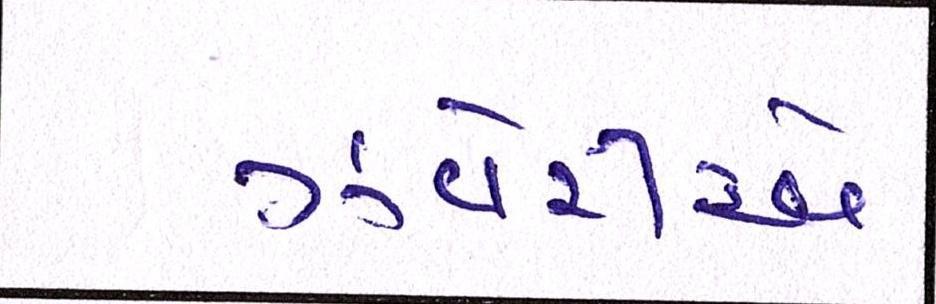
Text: ઝવેરીએ